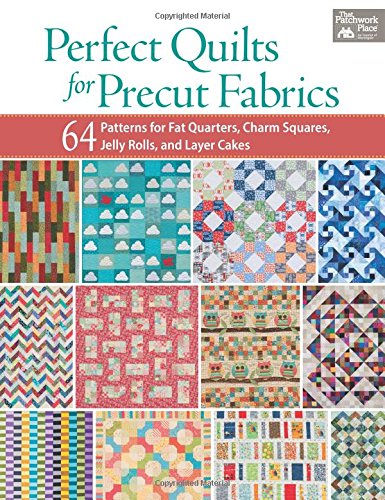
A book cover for Perfect Quilts for Precut Fabrics: 64 Patterns for Fat Quarters, Charm Squares, Jelly Rolls, and Layer Cakes; That Patchwork Place; Crafts, Hobbies & Home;